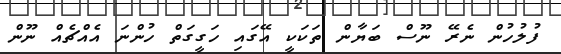
ފުލުހުން ނެރޭ ނޫސް ބަޔާން ތަކަކީ އޭގައި ހަގީގަތް ހުންނަ އެއްޗެއް ނޫން